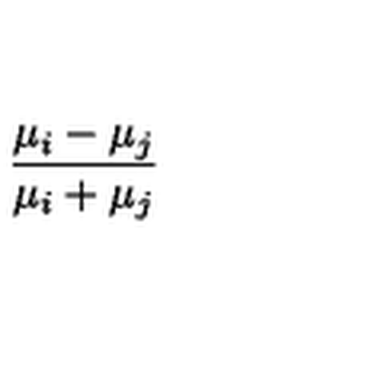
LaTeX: { \frac { \mu _ { i } - \mu _ { j } } { \mu _ { i } + \mu _ { j } } }